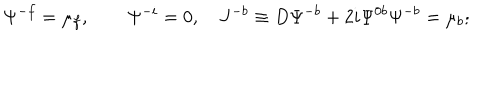
\Psi ^ { - f } = \mu _ { f } , \qquad \Psi ^ { - i } = 0 , ~ J ^ { - b } \equiv D \Psi ^ { - b } + 2 i \Psi ^ { 0 b } \Psi ^ { - b } = \mu _ { b } ;